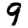
Digit: 9